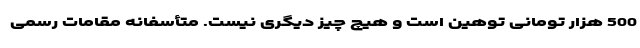
500 هزار تومانی توهین است و هیچ چیز دیگری نیست. متأسفانه مقامات رسمی